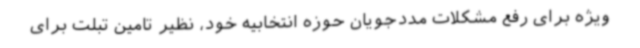
ویژه برای رفع مشکلات مددجویان حوزه انتخابیه خود، نظیر تامین تبلت برای